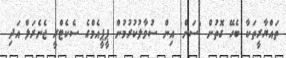
ތައްޔާރީތަކާ ބެހޭ ގޮތުން 'ސަން' އިން ސުވާލުކުރުމުން ޕީޕީއެމްގެ ސެކެޓްރީ ޖެނެރަލް އަދި